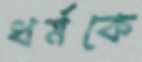
ধর্মকে